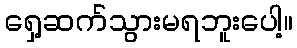
ရှေ့ဆက်သွားမရဘူးပေါ့။